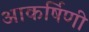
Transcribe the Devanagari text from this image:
आकर्षिणी